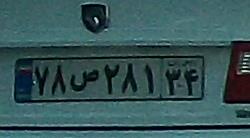
۷۸ص۲۸۱۳۴